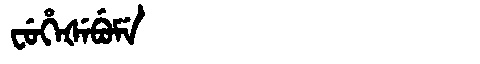
Manchu: ᠸᡠᡥᡝᡧᡝᠪᡠᠮᡝ
Romanization: FUHEŠEBUME